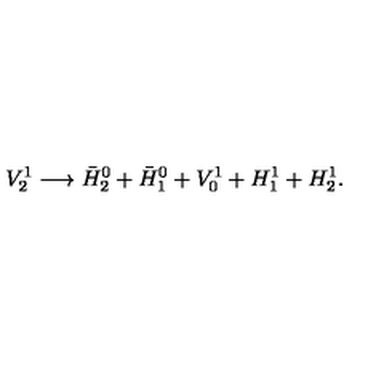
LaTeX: V _ { 2 } ^ { 1 } \longrightarrow \bar { H } _ { 2 } ^ { 0 } + \bar { H } _ { 1 } ^ { 0 } + V _ { 0 } ^ { 1 } + H _ { 1 } ^ { 1 } + H _ { 2 } ^ { 1 } .